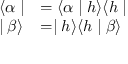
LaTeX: \begin{array} { l l } { { \langle \alpha \mid } } & { { = \langle \alpha \mid h \rangle \langle h \mid } } \\ { { \mid \beta \rangle } } & { { = \mid h \rangle \langle h \mid \beta \rangle } } \end{array}